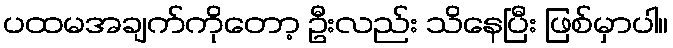
ပထမအချက်ကိုတော့ ဦးလည်း သိနေပြီး ဖြစ်မှာပါ။